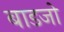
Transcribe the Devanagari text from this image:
बाडजो